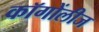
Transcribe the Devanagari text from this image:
कॉगोंलीज